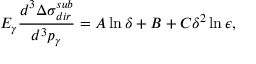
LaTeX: E _ { \gamma } \frac { d ^ { 3 } \Delta \sigma _ { d i r } ^ { s u b } } { d ^ { 3 } p _ { \gamma } } = A \ln \delta + B + C \delta ^ { 2 } \ln \epsilon ,